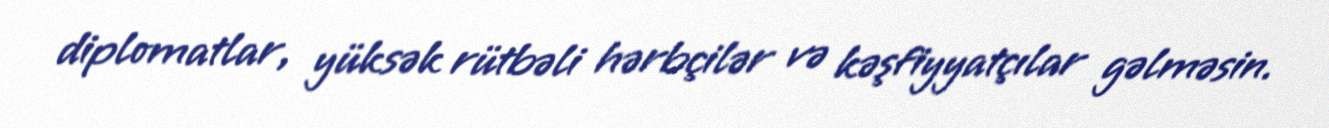
diplomatlar, yüksək rütbəli hərbçilər və kəşfiyyatçılar gəlməsin.